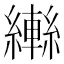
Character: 𦆕